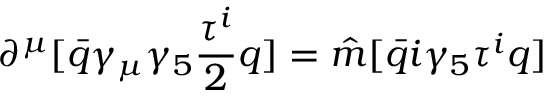
\partial ^ { \mu } [ \bar { q } \gamma _ { \mu } \gamma _ { 5 } { \frac { \tau ^ { i } } { 2 } } q ] = { \hat { m } } [ \bar { q } i \gamma _ { 5 } \tau ^ { i } q ]